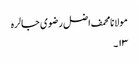
مولانا محمف اضل رضوی جالرہ
۱۳۔